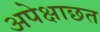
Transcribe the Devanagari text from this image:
अपेक्षाछत